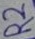
Text: R2